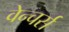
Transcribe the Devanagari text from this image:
वेन्चर्स